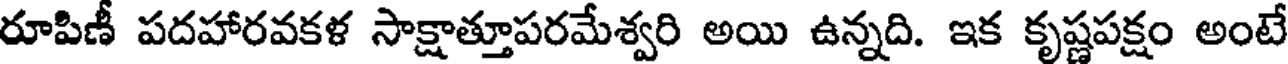
రూపిణీ పదహారవకళ సాక్షాత్తూపరమేశ్వరి అయి ఉన్నది. ఇక కృష్ణపక్షం అంటే